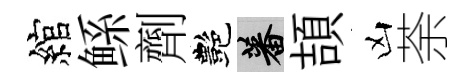
綰鲧劑艷蕃頡凶荼